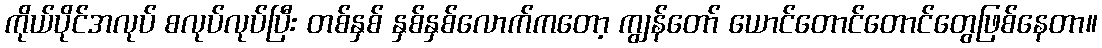
ကိုယ်ပိုင်အလုပ် စလုပ်လုပ်ပြီး တစ်နှစ် နှစ်နှစ်လောက်ကတော့ ကျွန်တော် ယောင်တောင်တောင်တွေဖြစ်နေတာ။